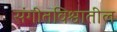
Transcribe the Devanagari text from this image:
संगीतविश्वातील